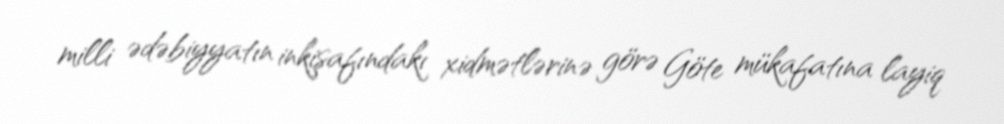
milli ədəbiyyatın inkişafındakı xidmətlərinə görə Göte mükafatına layiq